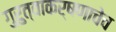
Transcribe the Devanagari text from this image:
गुरुत्वाकर्षणाचेच